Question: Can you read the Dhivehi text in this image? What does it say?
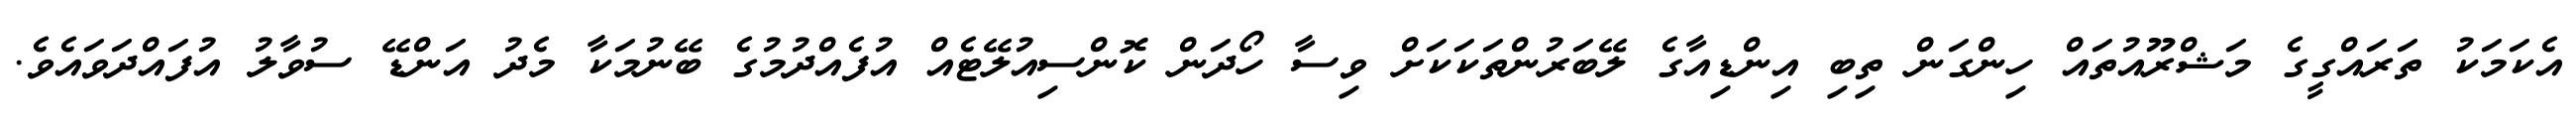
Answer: އެކަމަކު ތަރައްގީގެ މަޝްރޫއުތައް ހިންގަން ތިބި އިންޑިއާގެ ލޭބަރުންތަކަކަށް ވިސާ ހޯދަން ކޮންސިއުލޭޓެއް އުފެއްދުމުގެ ބޭނުމަކާ މެދު އަންޑޭ ސުވާލު އުފައްދަވައެވެ.